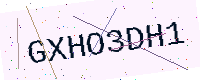
Text: GXHO3DH1